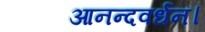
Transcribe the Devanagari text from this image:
आनन्दवर्धन।